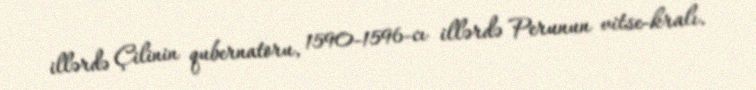
illərdə Çilinin qubernatoru, 1590-1596-cı illərdə Perunun vitse-kralı.